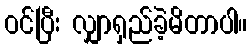
ဝင်ပြီး လျှာရှည်ခဲ့မိတာပါ။